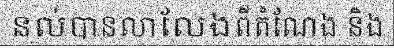
នល់បានលាលែងពីតំណែង និង